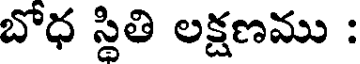
బోధ స్థితి లక్షణము :